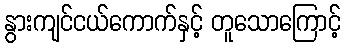
နွားကျင်ငယ်ကောက်နှင့် တူသောကြောင့်